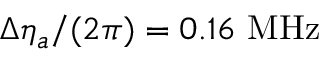
\Delta \eta _ { a } / ( 2 \pi ) = 0 . 1 6 ~ \mathrm { M H z }